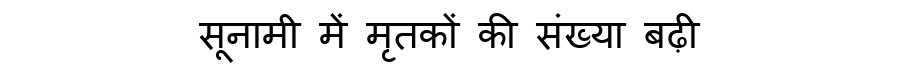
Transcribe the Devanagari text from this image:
सूनामी में मृतकों की संख्या बढ़ी